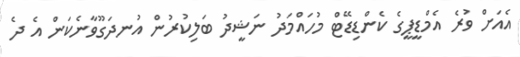
އެއަށް ވުރެ އެމްޑީޕީގެ ކެންޑިޑޭޓް މުހައްމަދު ނަޝީދު ބަލިކުރުން އުނދަގޫވާނެކަން އެ ދެ